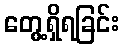
တွေ့ရှိရခြင်း